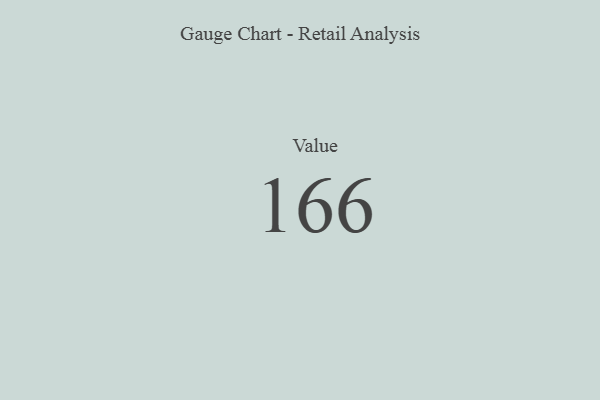
{"axis": {"x": "Metric", "y": "Value"}, "legend": [""], "data": [{"x": "Value", "y": 166, "type": ""}]}